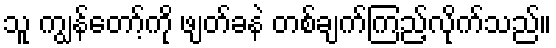
သူ ကျွန်တော့်ကို ဖျတ်ခနဲ တစ်ချက်ကြည့်လိုက်သည်။